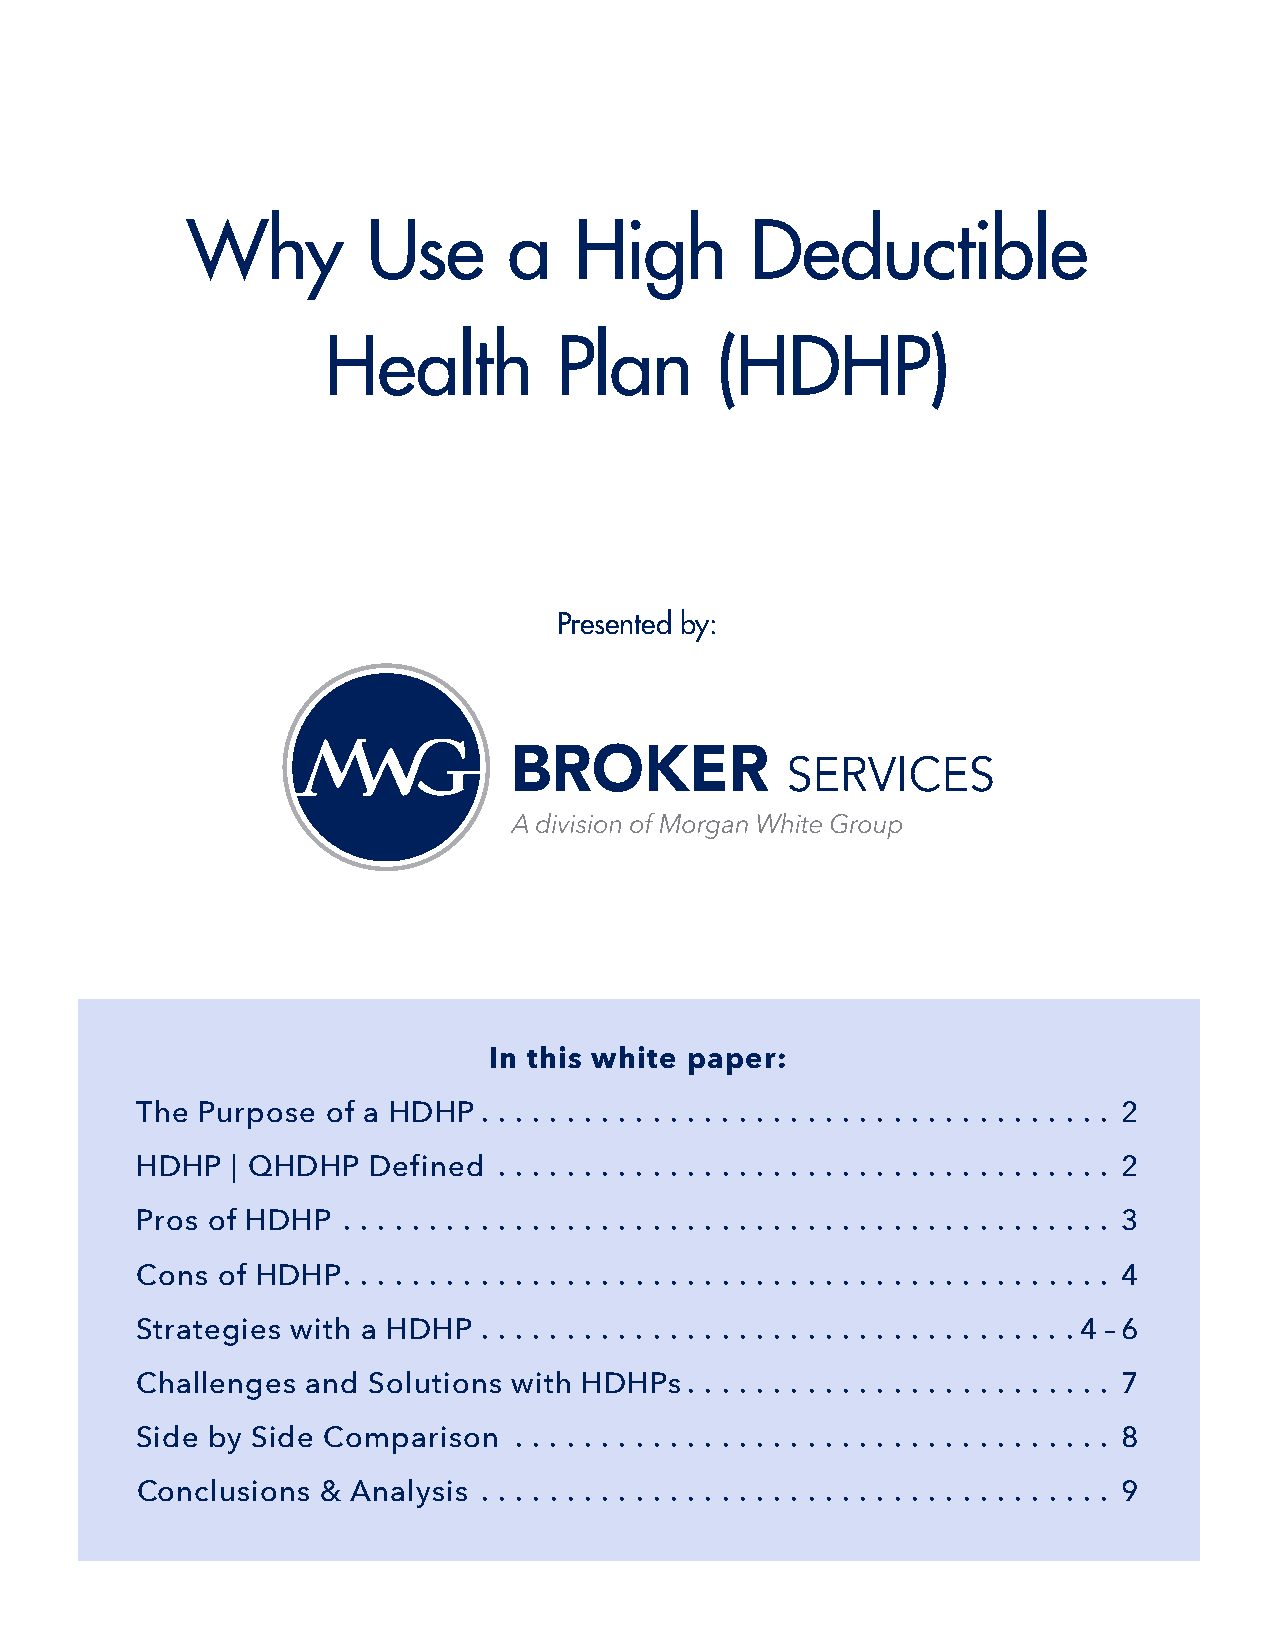
Why         Use       a   High        Deductible
 Health          Plan      (HDHP)
 Presented by:
 In this white paper:
 The Purpose  of a HDHP  .  .  .  .  .  .  .  .  .  .  .  .  .  .  .  .  .  .  .  .  .  .  .  .  .  .  .  .  .  .  .  .  .  .  .  .  . 2
 HDHP  | QHDHP  Defined .  .  .  .  .  .  .  .  .  .  .  .  .  .  .  .  .  .  .  .  .  .  .  .  .  .  .  .  .  .  .  .  .  .  .  . 2
 Pros of HDHP .  .  .  .  .  .  .  .  .  .  .  .  .  .  .  .  .  .  .  .  .  .  .  .  .  .  .  .  .  .  .  .  .  .  .  .  .  .  .  .  .  .  .  .  . 3
 Cons of HDHP .  .  .  .  .  .  .  .  .  .  .  .  .  .  .  .  .  .  .  .  .  .  .  .  .  .  .  .  .  .  .  .  .  .  .  .  .  .  .  .  .  .  .  .  . 4
 Strategies with a HDHP .  .  .  .  .  .  .  .  .  .  .  .  .  .  .  .  .  .  .  .  .  .  .  .  .  .  .  .  .  .  .  .  .  . . 4 – 6
 Challenges and Solutions with HDHPs .  .  .  .  .  .  .  .  .  .  .  .  .  .  .  .  .  .  .  .  .  .  .  .  . 7
 Side by Side Comparison  .  .  .  .  .  .  .  .  .  .  .  .  .  .  .  .  .  .  .  .  .  .  .  .  .  .  .  .  .  .  .  .  .  .  . 8
 Conclusions & Analysis .  .  .  .  .  .  .  .  .  .  .  .  .  .  .  .  .  .  .  .  .  .  .  .  .  .  .  .  .  .  .  .  .  .  .  .  . 9